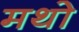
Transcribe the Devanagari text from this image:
मथो